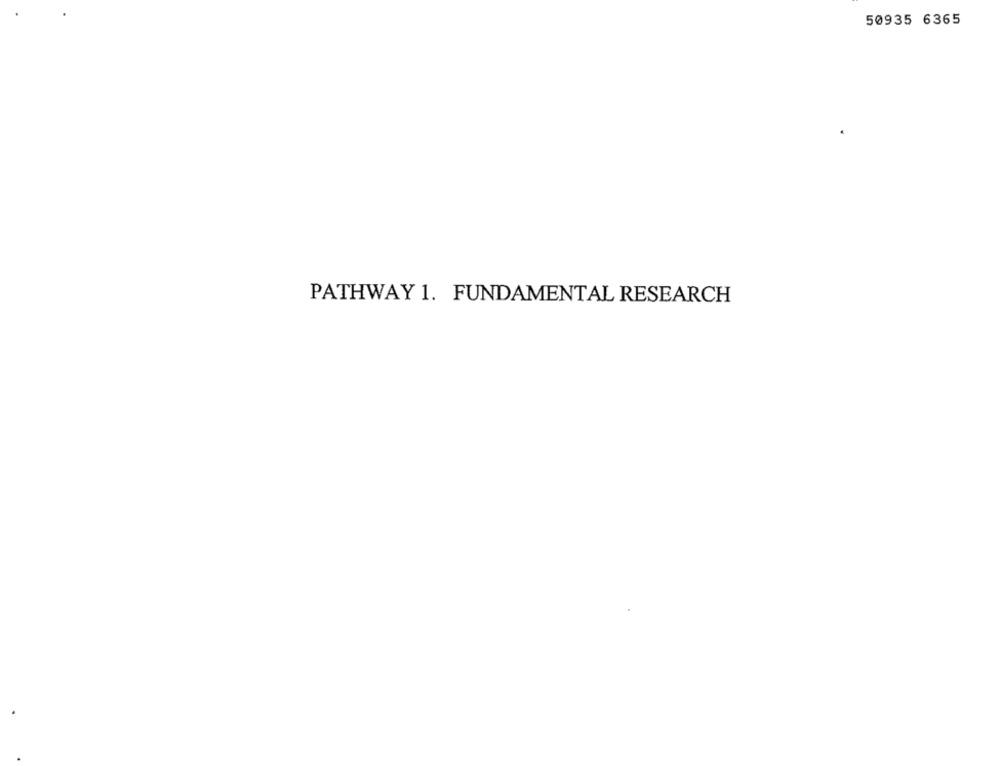
50935 6365
PATHWAY 1. FUNDAMENTAL RESEARCH